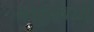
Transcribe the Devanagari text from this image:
पशुसंबंधी